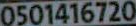
0501416720